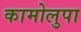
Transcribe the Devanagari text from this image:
कामोलुपा